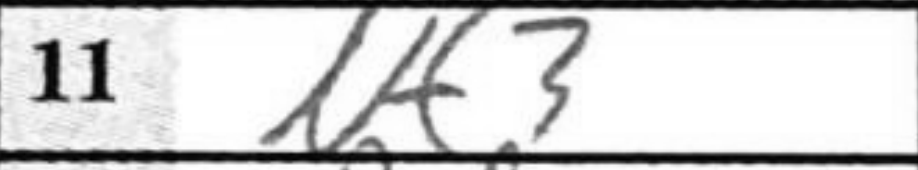
Transcription: Nf3